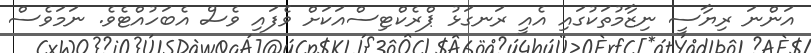
އަންނަ ރިޔާސީ ނިޒާމުތަކުގައި އެއީ ރަނގަޅު ޕްރެކްޓިސްއަކަށް ވެފައި ވެސް އެބަހުއްޓެވެ. ނަމަވެސް